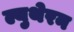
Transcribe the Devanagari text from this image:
ल्युथेरन